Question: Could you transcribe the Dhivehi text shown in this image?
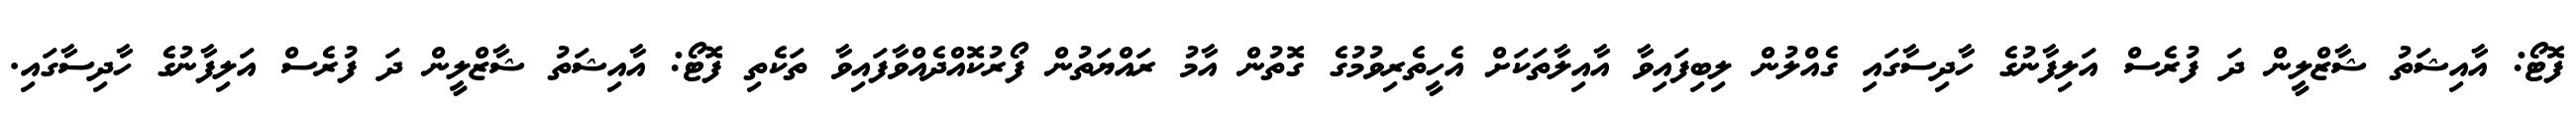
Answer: ފޮޓޯ: އާއިޝަތު ޝާޒްލީން ދަ ފުރެސް އަލިފާނުގެ ހާދިސާގައި ގެއްލުން ލިބިފައިވާ އާއިލާތަކަށް އެހީތެރިވުމުގެ ގޮތުން އާމު ރައްޔަތުން ފޯރުކޮއްދެއްވާފައިވާ ތަކެތި ފޮޓޯ: އާއިޝަތު ޝާޒްލީން ދަ ފުރެސް އަލިފާނުގެ ހާދިސާގައި.